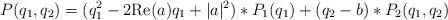
LaTeX: \begin{align*}P(q_1,q_2)&=(q_1^2-2{\rm Re}(a)q_1+|a|^2)*P_1(q_1)+(q_2-b)*P_2(q_1,q_2) \\\end{align*}